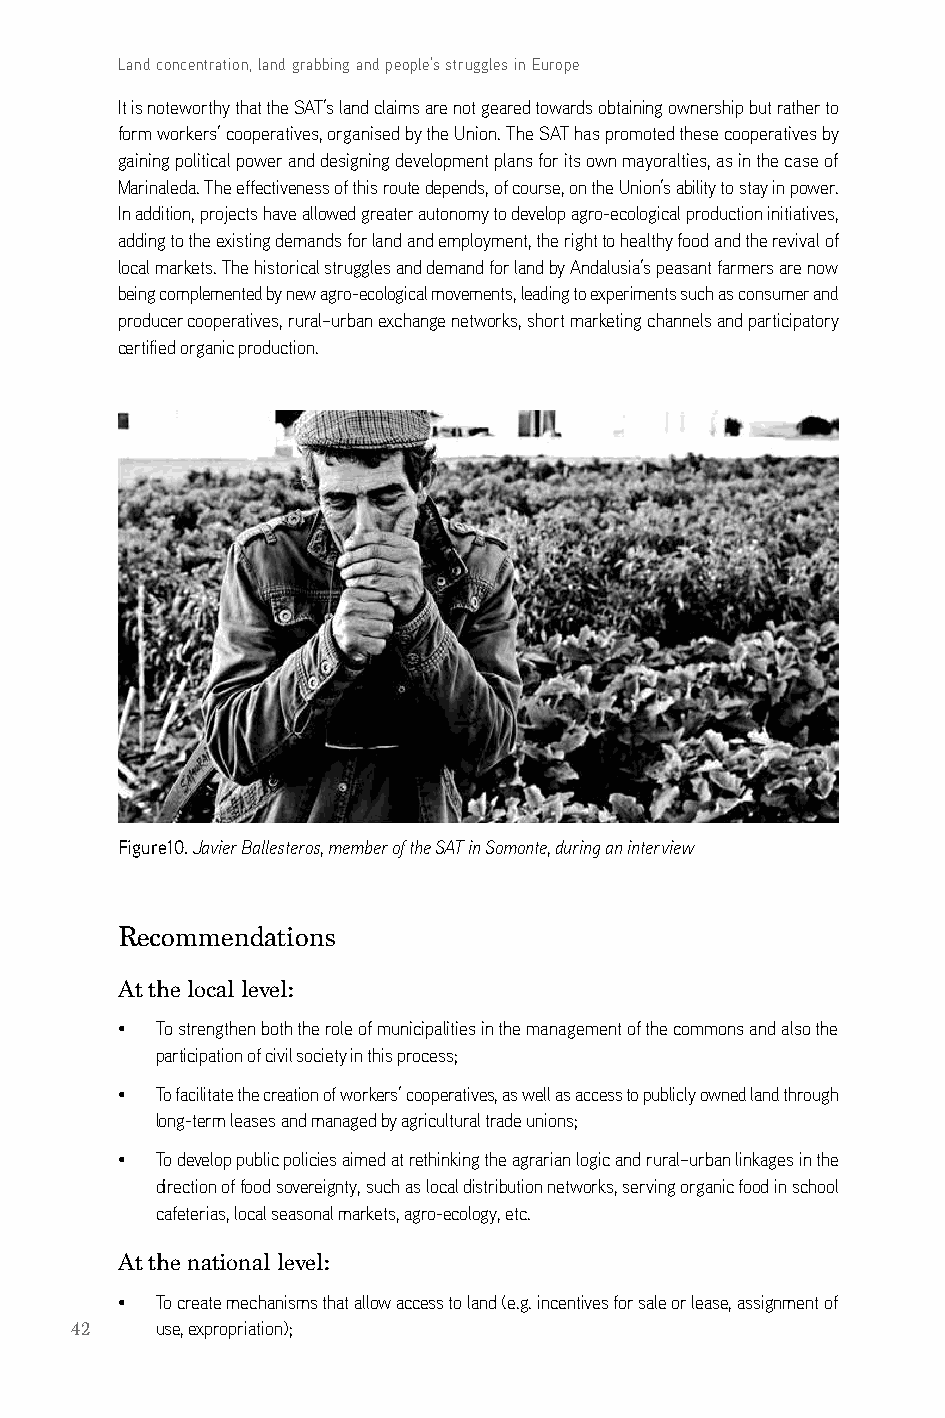
Land concentration, land grabbing and people’s struggles in Europe
 it is noteworthy that the saT’s land claims are not geared towards obtaining ownership but rather to
 form workers’ cooperatives, organised by the Union. The saT has promoted these cooperatives by
 gaining political power and designing development plans for its own mayoralties, as in the case of
 Marinaleda. The effectiveness of this route depends, of course, on the Union’s ability to stay in power.
 in addition, projects have allowed greater autonomy to develop agro-ecological production initiatives,
 adding to the existing demands for land and employment, the right to healthy food and the revival of
 local markets. The historical struggles and demand for land by andalusia’s peasant farmers are now
 being complemented by new agro-ecological movements, leading to experiments such as consumer and
 producer cooperatives, rural–urban exchange networks, short marketing channels and participatory
 certified organic production.
 Figure10. Javier Ballesteros, member of the SAT in Somonte, during an interview
 Recommendations
 At the local level:
 • To strengthen both the role of municipalities in the management of the commons and also the
 participation of civil society in this process;
 • To facilitate the creation of workers’ cooperatives, as well as access to publicly owned land through
 long-term leases and managed by agricultural trade unions;
 • To develop public policies aimed at rethinking the agrarian logic and rural–urban linkages in the
 direction of food sovereignty, such as local distribution networks, serving organic food in school
 cafeterias, local seasonal markets, agro-ecology, etc.
 At the national level:
 • To create mechanisms that allow access to land (e.g. incentives for sale or lease, assignment of
 42   use, expropriation);